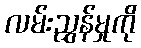
လမ်းညွှန်မှုကို